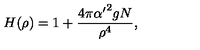
H ( \rho ) = 1 + { \frac { 4 \pi { \alpha ^ { \prime } } ^ { 2 } g N } { \rho ^ { 4 } } } ,